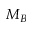
M _ { B }